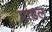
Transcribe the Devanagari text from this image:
प्राडल